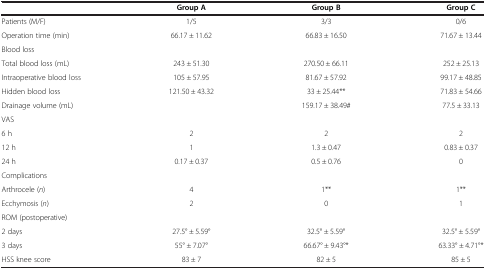
<table><thead><tr><td><b> </b></td><td><b>Group A</b></td><td><b>Group B</b></td><td><b>Group C</b></td></tr></thead><tbody><tr><td>Patients (M/F)</td><td>1/5</td><td>3/3</td><td>0/6</td></tr><tr><td>Operation time (min)</td><td>66.17 ± 11.62</td><td>66.83 ± 16.50</td><td>71.67 ± 13.44</td></tr><tr><td>Blood loss</td><td> </td><td> </td><td> </td></tr><tr><td>Total blood loss (mL)</td><td>243 ± 51.30</td><td>270.50 ± 66.11</td><td>252 ± 25.13</td></tr><tr><td>Intraoperative blood loss</td><td>105 ± 57.95</td><td>81.67 ± 57.92</td><td>99.17 ± 48.85</td></tr><tr><td>Hidden blood loss</td><td>121.50 ± 43.32</td><td>33 ± 25.44**</td><td>71.83 ± 54.66</td></tr><tr><td>Drainage volume (mL)</td><td> </td><td>159.17 ± 38.49#</td><td>77.5 ± 33.13</td></tr><tr><td>VAS</td><td> </td><td> </td><td> </td></tr><tr><td>6 h</td><td>2</td><td>2</td><td>2</td></tr><tr><td>12 h</td><td>1</td><td>1.3 ± 0.47</td><td>0.83 ± 0.37</td></tr><tr><td>24 h</td><td>0.17 ± 0.37</td><td>0.5 ± 0.76</td><td>0</td></tr><tr><td>Complications</td><td> </td><td> </td><td> </td></tr><tr><td>Arthrocele (<i>n</i>)</td><td>4</td><td>1**</td><td>1**</td></tr><tr><td>Ecchymosis (<i>n</i>)</td><td>2</td><td>0</td><td>1</td></tr><tr><td>ROM (postoperative)</td><td> </td><td> </td><td> </td></tr><tr><td>2 days</td><td>27.5° ± 5.59°</td><td>32.5° ± 5.59°</td><td>32.5° ± 5.59°</td></tr><tr><td>3 days</td><td>55° ± 7.07°</td><td>66.67° ± 9.43°*</td><td>63.33° ± 4.71°*</td></tr><tr><td>HSS knee score</td><td>83 ± 7</td><td>82 ± 5</td><td>85 ± 5</td></tr></tbody></table>